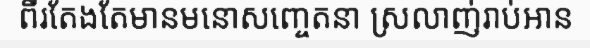
ពីរតែងតែមានមនោសញ្ចេតនា ស្រលាញ់រាប់អាន